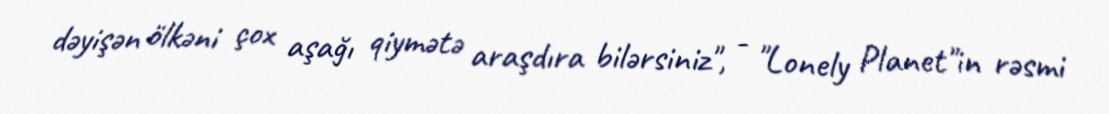
dəyişən ölkəni çox aşağı qiymətə araşdıra bilərsiniz", - "Lonely Planet"in rəsmi